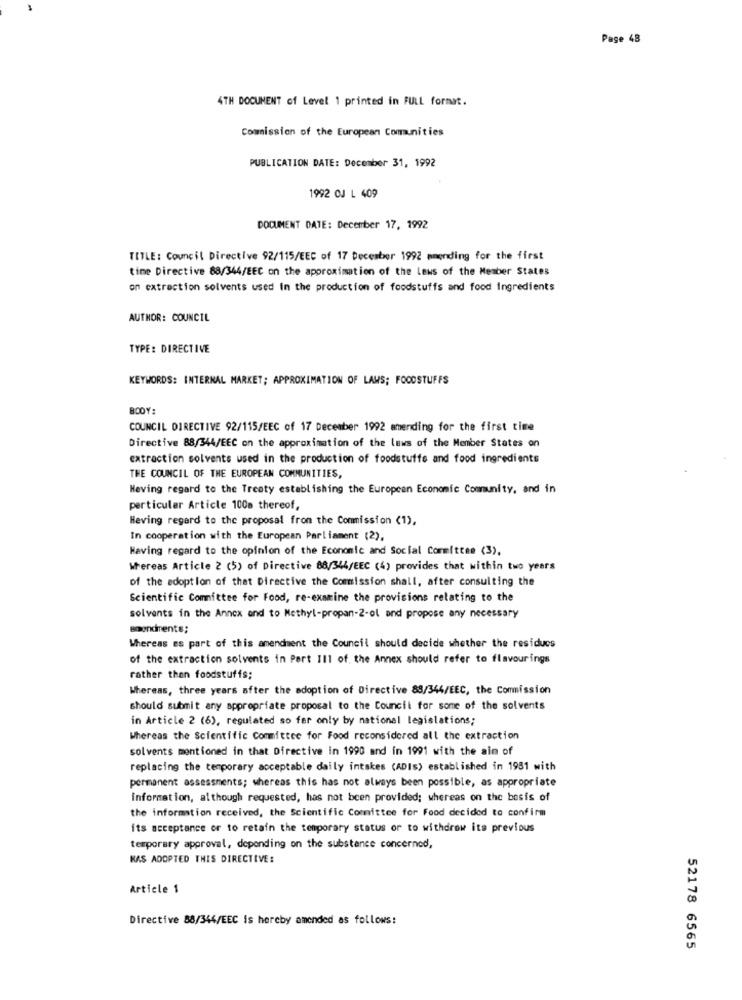
Page 48
4TH DOCUMENT of Level 1 printed in FULL format.
Commission of the European Comunities
PUBLICATION DATE: December 31, 1992
1992 CJ L 409
DOCUMENT DATE: December 17, 1992
TITLE: Council Directive 92/115/EEC of 17 December 1992 mmending for the first
time Directive 88/344/EEC on the approximation of the Laws of the Member States
on extraction solvents used in the production of foodstuffs and food ingredients
AUTHOR: COUNCIL
TYPE: DIRECTIVE
KEYWORDS: INTERNAL MARKET; APPROXIMATION OF LAWS; FOODSTUFFS
BODY:
COUNCIL DIRECTIVE 92/115/EEC of 17 December 1992 amending for the first time
Directive 88/344/EEC on the approximation of the laws of the Member States on
extraction solvents used in the production of foodstuffe and food ingredients
THE COUNCIL OF THE EUROPEAN COMMUNITIES,
Heving regard to the Treaty establishing the European Economic Comunity, and in
particular Article 100a thereof,
Heving regard to the proposal from the Commission (1),
In cooperation with the European Parliament (2),
Having regard to the opinion of the Economic and Social Committee (3).
Whereas Article 2 (5) of Directive 88/344/EEC (4) provides that within two years
of the adoption of that Directive the Commission shall, after consulting the
Scientific Committee for Food, re-examine the provisions relating to the
solvents in the Annex and to Methyl-propan-2-ol and propose any necessary
amendments;
Whereas es part of this amendment the Council should decide whether the residuos
of the extraction solvents in Part II1 of the Annex should refer to flavourings
rather than foodstuffs;
Whereas, three years after the adoption of Directive 88/344/EEC, the Commission
should submit any appropriate proposal to the Council for some of the solvents
in Article 2 (6), regulated so far only by national legislations;
Whereas the Scientific Committee for Food reconsidered all the extraction
solvents mentioned in that Directive in 1990 and in 1991 with the aim of
replacing the temporary acceptable daily intakes (ADIs) established in 1981 with
permanent assessments; whereas this has not always been possible, as appropriate
information, although requested, has not been provided; whereas on the basis of
the information received, the Scientific Committee for Food decided to confirm
its acceptance or to retain the temporary status or to withdrew its previous
temporary approval, depending on the substance concerned,
KAS ADOPTED THIS DIRECTIVE:
Article 1
Directive 88/344/EEC is hereby amended as follows:
52178 6565